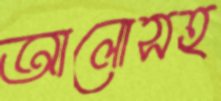
আলোসহ